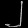
Digit: ၂